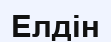
Елдін